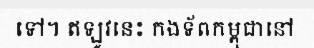
ទៅ។ ឥឡូវនេះ កងទ័ពកម្ពុជានៅ